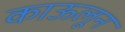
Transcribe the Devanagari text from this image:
काऊलून